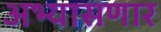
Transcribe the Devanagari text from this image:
अभ्यासणार